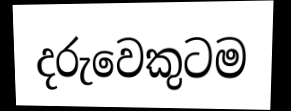
දරුවෙකුටම